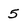
Character: 5